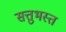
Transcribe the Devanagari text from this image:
सत्तुभस्त